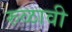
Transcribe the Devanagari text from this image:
रुळावी